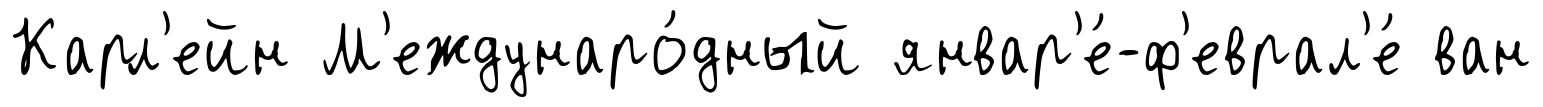
Карл'ейн М'еждунаро́дный январ'е́-ф'еврал'е́ ван